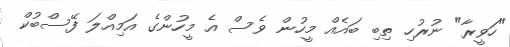
"ހަވީރާ" ނުރުހި ތިބި ބައެއް މީހުން ވެސް އެ މީހުންގެ އަމިއްލަ ފޭސްބުކް